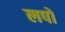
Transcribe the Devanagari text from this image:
लपों